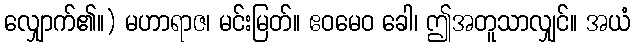
လျှောက်၏။) မဟာရာဇ၊ မင်းမြတ်။ ဧဝမေဝ ခေါ၊ ဤအတူသာလျှင်။ အယံ